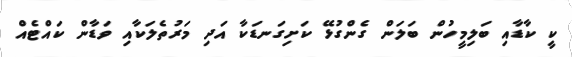
ކީ ކާޑާއި ބަލިމީހުން ބަލަން ގެންގުޅޭ ކަށިގަނޑަކާ އަދި މަރުތެލަކާއި ވަޑާން ކައްޓެއް